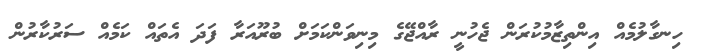
ހިނގާލުމެއް އިންތިޒާމުކުރަން ޖެހުނީ ރާއްޖޭގެ މިނިވަންކަމަށް ބުރޫއަރާ ފަދަ އެތައް ކަމެއް ސަރުކާރުން